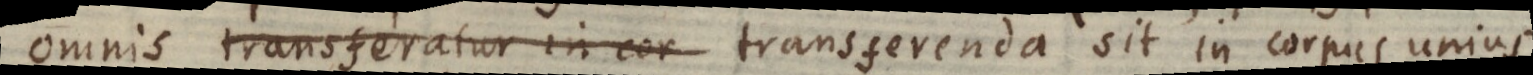
omnis transferatur in cor transferenda sit in corpus unius